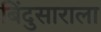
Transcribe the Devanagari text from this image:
बिंदुसाराला